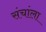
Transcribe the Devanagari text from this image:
संचांला